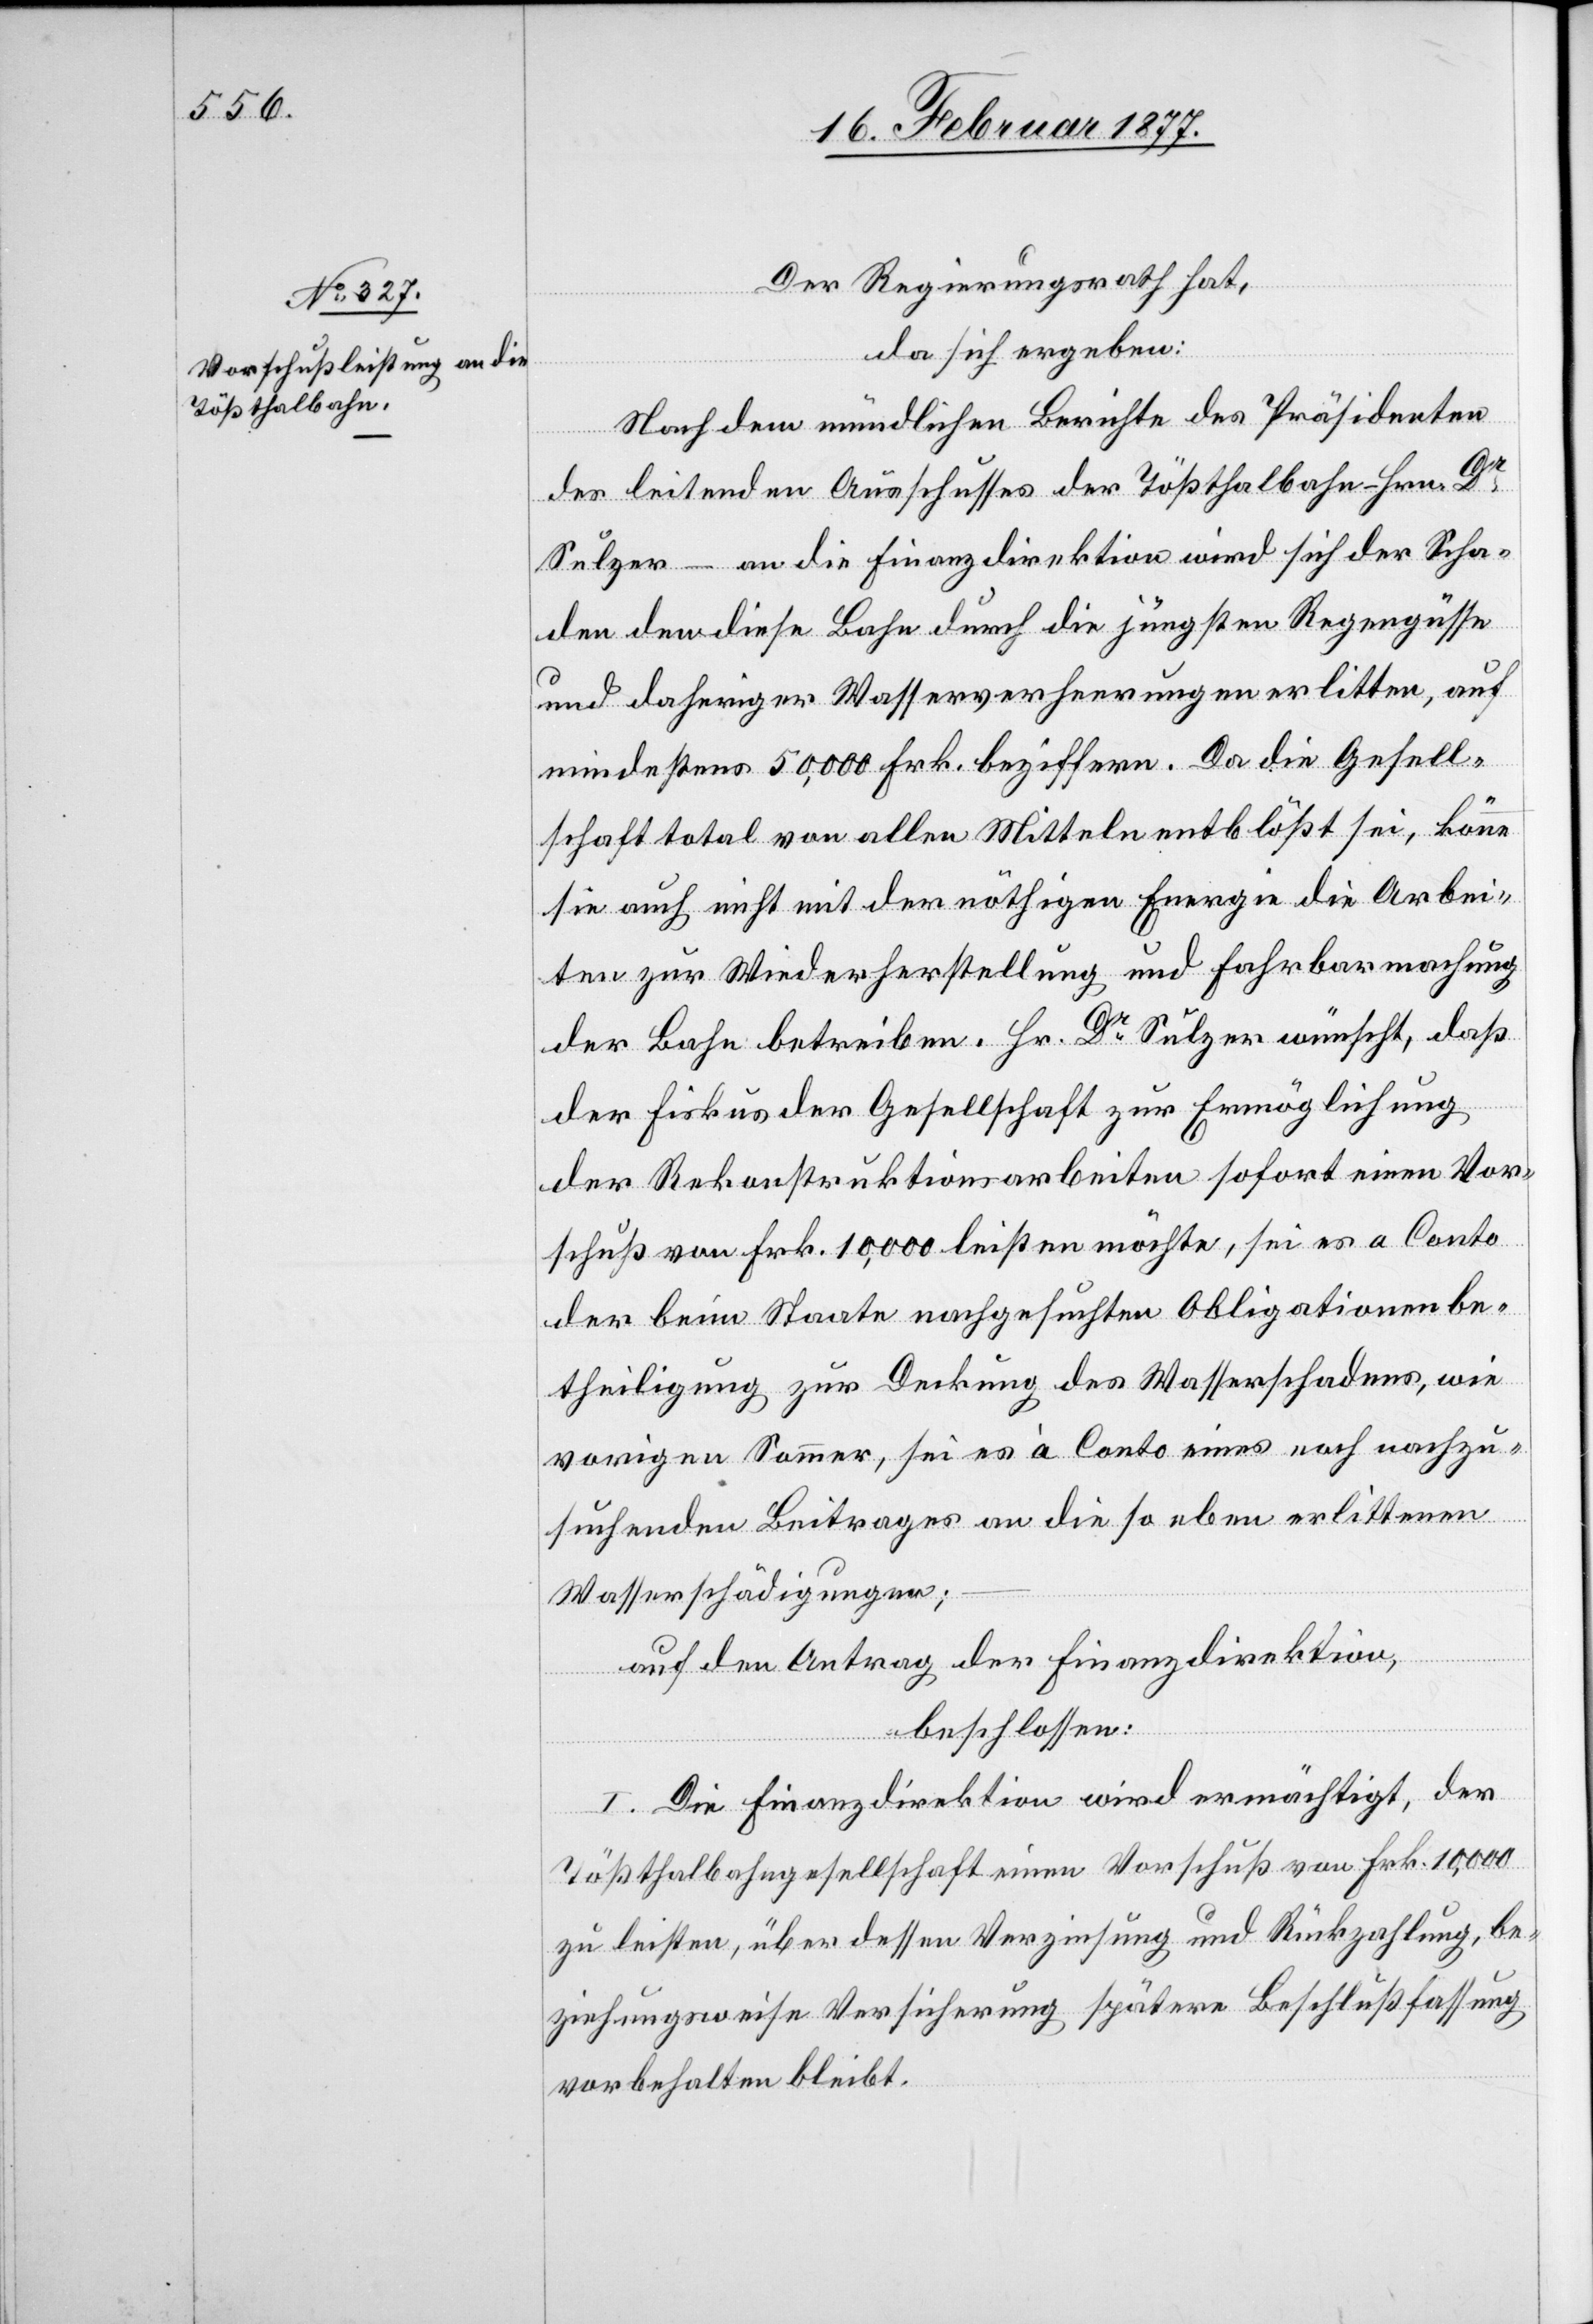
Der Regierungsrath hat,
da sich ergeben:
Nach dem mündlichen Berichte des Präsidenten
des leitenden Ausschusses der Tößthalbahn – Hrn. Dr
Sulzer – an die Finanzdirektion wird sich der Scha¬
den den diese Bahn durch die jüngsten Regengüsse
und daheriger Wasserverheerungen erlitten, auf
mindestens 50,000 Frk. beziffern. Da die Gesell¬
schaft total von allen Mitteln entblößt sei, könne
sie auch nicht mit der nöthigen Energie die Arbei¬
ten zur Wiederherstellung und Fahrbarmachung
der Bahn betreiben. Hr. Dr Sulzer wünscht, daß
der Fiskus der Gesellschaft zur Ermöglichung
der Rekonstruktionsarbeiten sofort einen Vor¬
schuß von Frk. 10,000 leisten möchte, sei es a Conto
der beim Staate nachgesuchten Obligationenbe¬
theiligung zur Deckung des Wasserschadens, wie
vorigen Sommer, sei es à Conto eines noch nachzu¬
suchenden Beitrages an die so eben erlittenen
Wasserschädigungen;
auf den Antrag der Finanzdirektion,
beschlossen:
I. Die Finanzdirektion wird ermächtigt, der
Tößthalbahngesellschaft einen Vorschuß von Frk. 10,000
zu leisten, über dessen Verzinsung und Rückzahlung, be¬
ziehungsweise Versicherung spätere Beschlußfassung
vorbehalten bleibt.